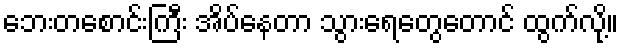
ဘေးတစောင်းကြီး အိပ်နေတာ သွားရေတွေတောင် ထွက်လို့။